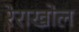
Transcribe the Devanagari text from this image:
रेराखोल